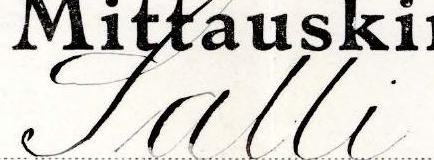
Salli